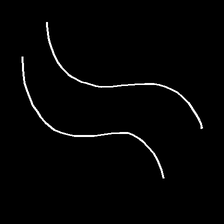
Glyph: float